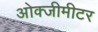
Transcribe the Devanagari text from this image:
ओक्जीमीटर